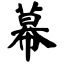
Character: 幕